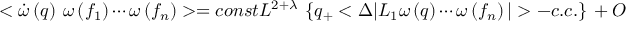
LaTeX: < \dot { \omega } \left( q \right) ~ \omega \left( f _ { 1 } \right) \cdots \omega \left( f _ { n } \right) > = c o n s t L ^ { 2 + \lambda } ~ \left\{ q _ { + } < \Delta | L _ { 1 } \omega \left( q \right) \cdots \omega \left( f _ { n } \right) | > - c . c . \right\} ~ + ~ O \left( L ^ { \lambda } \right)